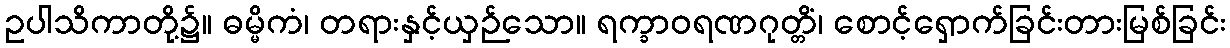
ဥပါသိကာတို့၌။ ဓမ္မိကံ၊ တရားနှင့်ယှဉ်သော။ ရက္ခာဝရဏဂုတ္တိံ၊ စောင့်ရှောက်ခြင်းတားမြစ်ခြင်း